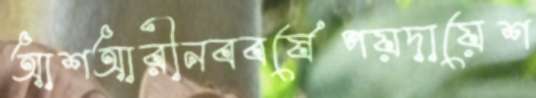
আশআরীনববর্ষেপয়দায়েশ